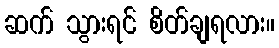
ဆက် သွားရင် စိတ်ချရလား။